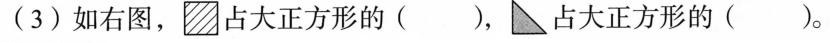
(3)如右图， 占大正方形的( )，占大正方形的( )。